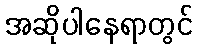
အဆိုပါနေရာတွင်